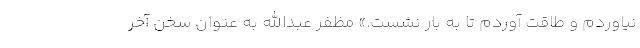
نیاوردم و طاقت آوردم تا به بار نشست.» مظفر عبدالله به عنوان سخن آخر